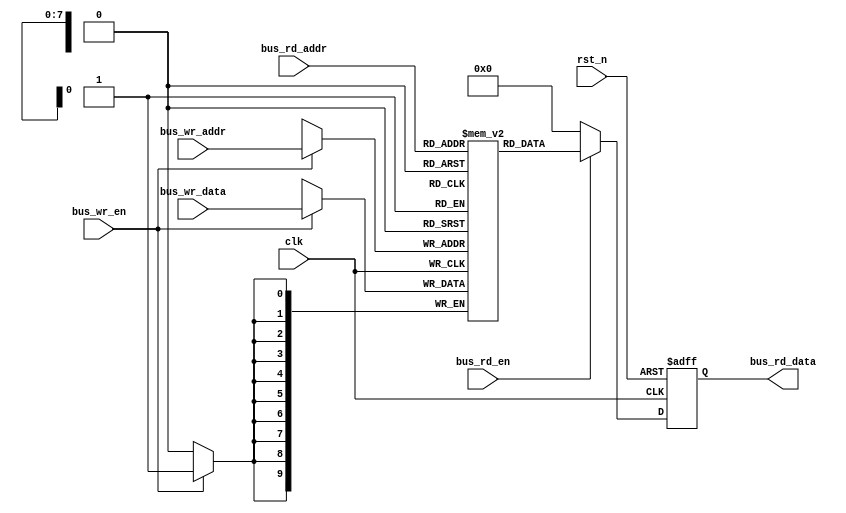
module my_bus_ctrl(
input wire clk,
input wire rst_n,
input wire [9:0]bus_wr_data,
input wire [7:0]bus_wr_addr,
input wire bus_rd_en,
input wire bus_wr_en,
input wire [7:0]bus_rd_addr,

output reg [9:0]bus_rd_data
    );
reg [9:0] bus_memory [0:255];

always@(posedge clk or negedge rst_n) begin
    if(!rst_n)
        bus_rd_data <= #12 10'd0;
    else if(bus_rd_en)
        bus_rd_data <= #12 bus_memory[bus_rd_addr];
    else
        bus_rd_data <= #12 10'd0;
end

always @(posedge clk ) begin
    if(bus_wr_en)
        bus_memory[bus_wr_addr] <= #15 bus_wr_data;
end

endmodule